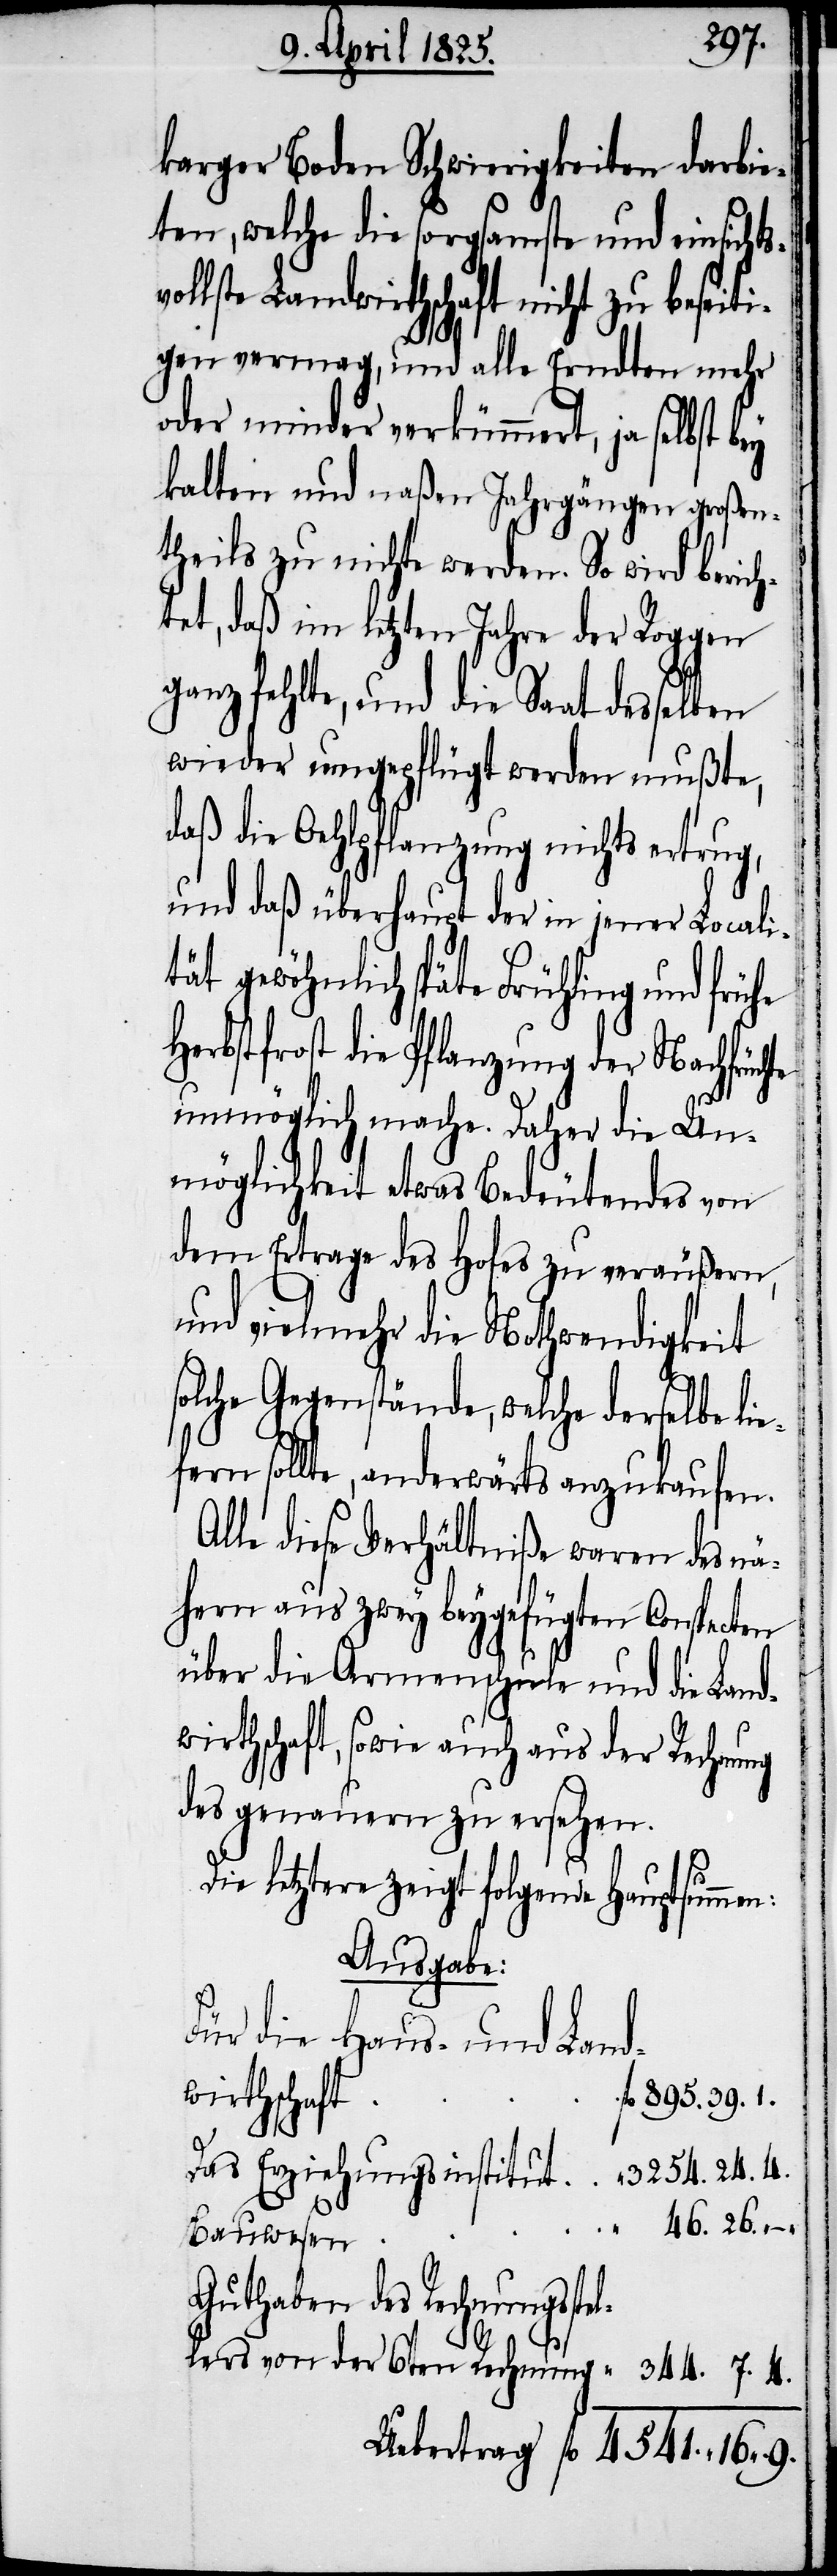
karger Boden Schwierigkeiten darbie¬
ten, welche die sorgsamste und einsichts¬
vollste Landwirthschaft nich zu beseiti¬
gen vermag, und alle Erndten mehr
oder minder verkümmert, ja selbst bey
kalten und naßen Jahrgängen großen¬
theils zu nichte werden. So wird beric¬
htet, daß im letzten Jahre der Roggen
ganz fehlte, und die Saat desselben
wieder umgepflügt werden mußte,
daß die Oehlpflanzung nichts ertrug,
und daß überhaupt der in jener Locali¬
tät gewöhnlich späte Frühling und frühe
Herbstfrost die Pflanzung der Nachfrüch¬
te unmöglich mache. Daher die Un¬
möglichkeit etwas Bedeutendes von
dem Ertrage des Hofes zu veräußern,
und vielmehr die Nothwendigkeit
solche Gegenstände, welche derselbe lie¬
fern sollte, anderwärts anzukaufen.
Alle diese Verhältniße waren des nä¬
hern aus zwey beygefügten Conspecten
über die Armenschule und die Land¬
wirthschaft, sowie auch aus der Rechnung
des genauern zu ersehen.
Die letztere zeigt folgende Hauptsummen:
Ausgabe:
Für die Haus- und Land¬
wirthschaft
Bauwesen
stellers von der 6ten